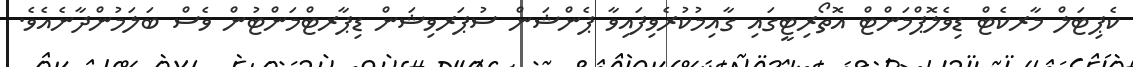
ކެޕިޓަލް މާރކެޓް ޑިވެލޮޕްމަންޓް އޮތޯރިޓީގައި ގާއިމުކުރެވިފައިވާ ޕެންޝަން ސުޕަރވިޝަން ޑިޕާރޓްމަންޓުން ވެސް ބަލަމުންދާނެއެވެ.